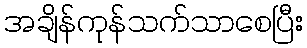
အချိန်ကုန်သက်သာစေပြီး